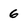
Character: 6